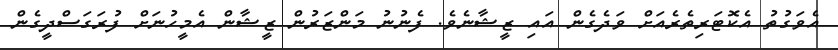
އެވަގުތު އެކޮޓަރިތެރެއަށް ވަދެގެން އައި ޒީޝާނެވެ. ފެނުނު މަންޒަރުން ޒީޝާން އެމީހުނަށް ފުރަގަސްދީގެން